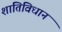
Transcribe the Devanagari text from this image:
शांतिविधान